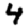
Digit: 4